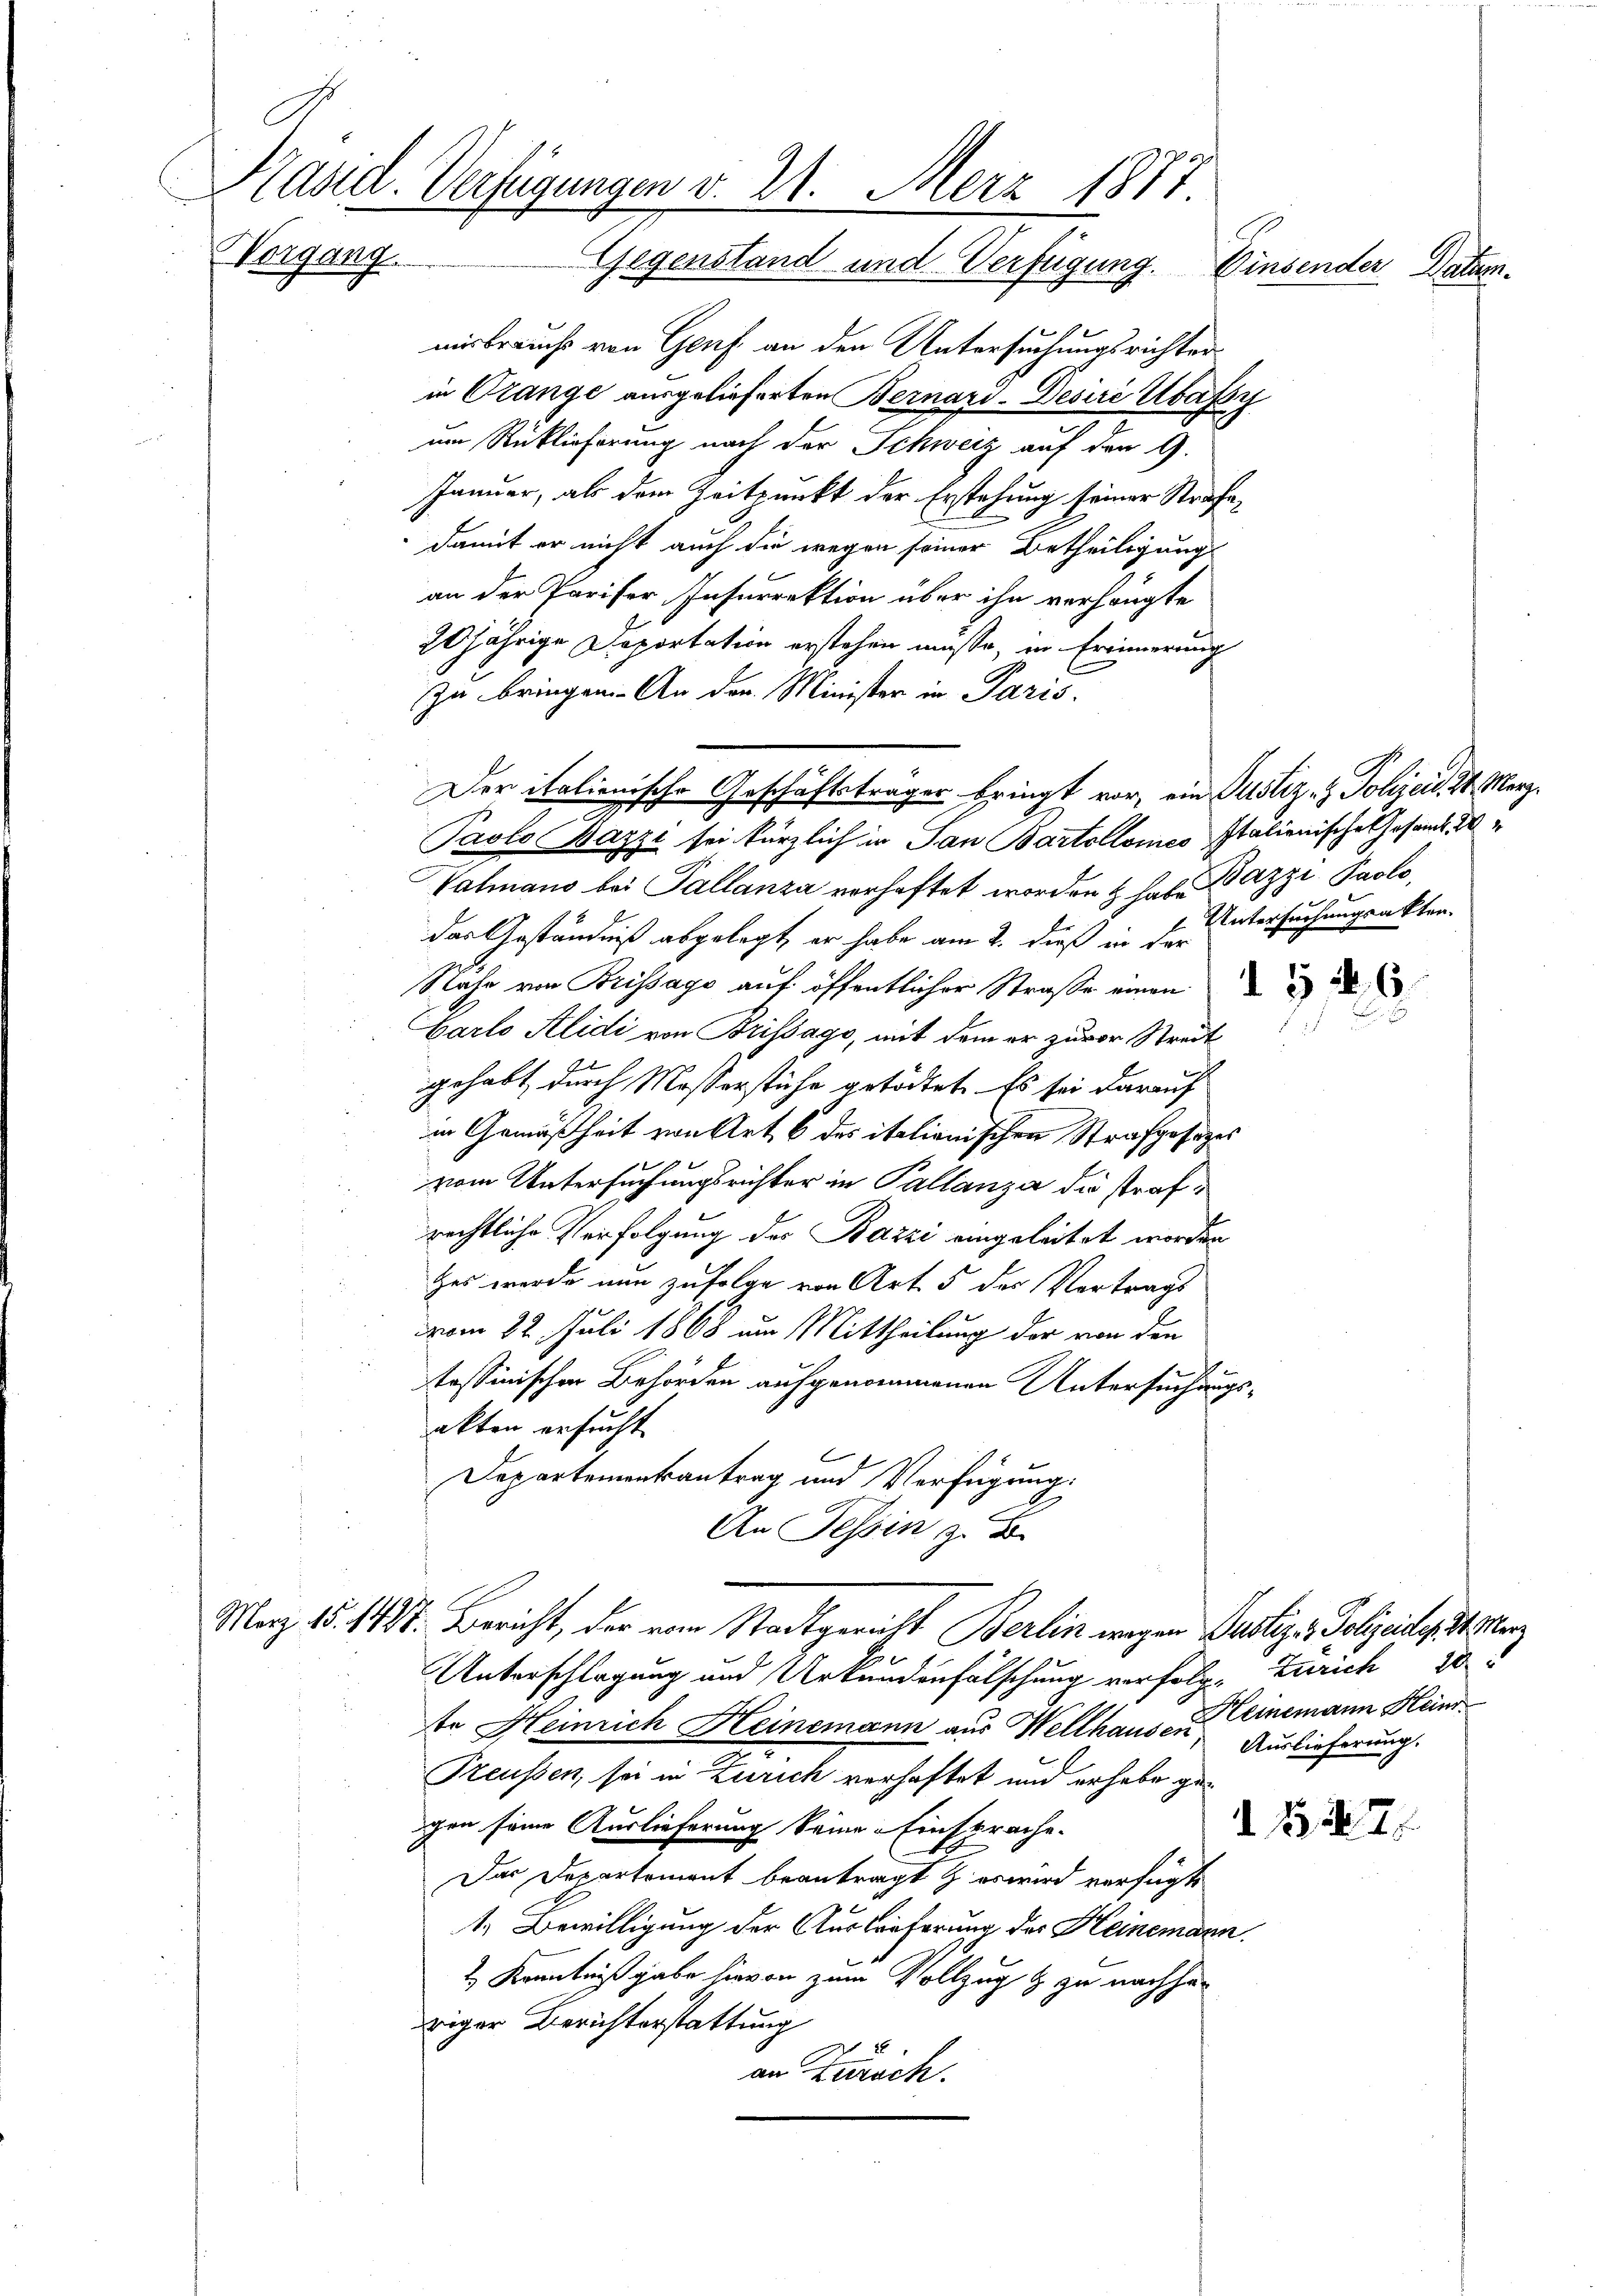
Präsid. Verfügungen v. 21. Merz 1817
Vorgang.
Gegenstand und Verfügung. Einsender Datum.

nisbrauchs von Genf an den Untersuchungsrichter
in Orange ausgelieferten Bernard-Desiré Ubassy
um Rücklieferung nach der Schweiz auf den 9.
Januar, als dem Zeitpunkt der Erstehung seiner Strafe,
damit er nicht auch die wegen seiner Betheiligung
an der Pariser Insurrektion über ihn verhängte
20jährige Deportation erstehen müsse, in Erinnerung
zu bringen. An den Minister in Paris.
Paolo Bazzi sei kürzlich in San Bartollones Italienische Gesand d
Valmano bei Tallanza verhaftet worden & haben Bazzi Paolo,
das Geständniß abgelegt, er habe am 2. dieß in der
Nahe von Brissage auf öffentlicher Straße einen
Garlo Alidi von Brissago, mit dem er zuvor Streit
gehabt, durch Messerstühe getödtet. Es sei darauf
in Gemäßheit von Art. 6 des italionischen Strafgesezes
vom Untersuchungsrichter in Pallanza die strafrechtliche Verfolgung des Bazzi eingeleitet worden
Hes werde nun zufolge von Art. 5 des Vortrags
vom 22. Juli 1868 um Mittheilung der von den
tössinischen Behörden aufgenommenen Untersuchungsakten ersucht
6
Departementantrag und Verfügung
An Tessin zu B
Mag. 15. 1188. Bericht, der vom Stadtgericht Berlin wegen Justiz - Polizeidigten
Unterschlagung und Urkundenfälschung verfolg. Zürich 20
te Heinrich Heinemann aus Wellhaus zu einemann Heinr
Auslieferung.
Preussen sei in Zürich verhaftet und erhabe gegen seine Auslieferung keine Einsprache.
d N. N. 7
Das Departement beantragt & es wird verfügt
1. Bewilligung der Auslieferung des Heinemann
2 Kenntniß gabe hievon zum Vollzug & zu nachher
riger Berichterstattung
2
an Zurech

Der italienische Geschäftsträger bringt vor, ein Justiz- & Polizeid. 24. Merz¬

Untersuchungsakten.